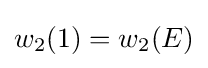
w_{2}(1)=w_{2}(E)